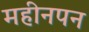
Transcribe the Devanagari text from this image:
महीनपन